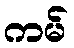
ကမ်